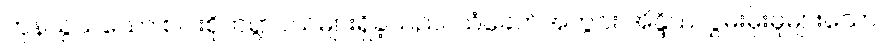
ကုန်သွယ်သော စပါးစိုက်ရွာငယ်များရှိခဲ့သည်။ သံခေတ်အတွင်း အိန္ဒိယလွှမ်းမိုးမှုများသော